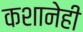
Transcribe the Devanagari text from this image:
कशानेही